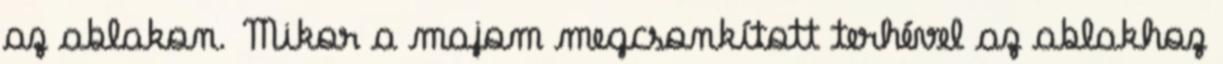
az ablakon. Mikor a majom megcsonkított terhével az ablakhoz